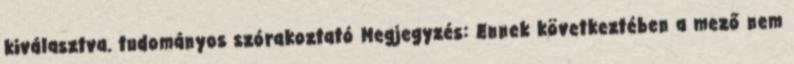
kiválasztva. tudományos szórakoztató Megjegyzés: Ennek következtében a mező nem